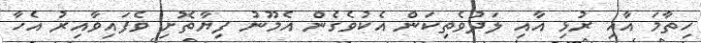
ހިތާމަ އާއި ރުޅި އާއި ލަދުވެތިކަން އެކުވެގެން އެމޫނު ފިޔާތޮށި ވެފައިވާއިރު އެހާ